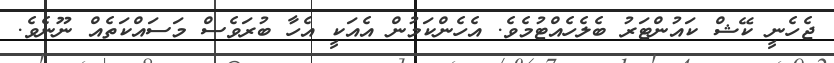
ޖެހެނީ ކޭޝް ކައުންޓަރު ބެލެހެއްޓުމެވެ. އެހެންކަމުން އެއަކީ އެހާ ބުރަވެސް މަސައްކަތެއް ނޫނެވެ.